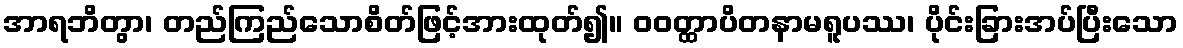
အာရဘိတွာ၊ တည်ကြည်သောစိတ်ဖြင့်အားထုတ်၍။ ဝဝတ္ထာပိတနာမရူပဿ၊ ပိုင်းခြားအပ်ပြီးသော